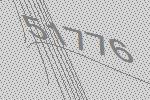
51776